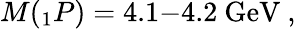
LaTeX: M({}_{1}P)=4.1\mathrm{-}4.2\ \mathrm{GeV}\ ,